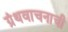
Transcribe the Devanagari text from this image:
ग्रंथवाचनाची